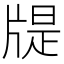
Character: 𤗘